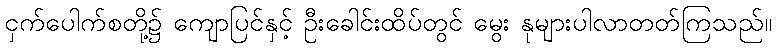
ငှက်ပေါက်စတို့၌ ကျောပြင်နှင့် ဦးခေါင်းထိပ်တွင် မွေး နုများပါလာတတ်ကြသည်။